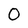
Character: O